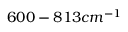
6 0 0 - 8 1 3 c m ^ { - 1 }